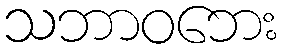
သဘာဝဘေး